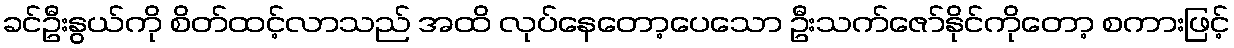
ခင်ဦးနွယ်ကို စိတ်ထင့်လာသည် အထိ လုပ်နေတော့ပေသော ဦးသက်ဇော်နိုင်ကိုတော့ စကားဖြင့်